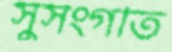
সুসংগতি